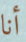
أنا